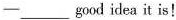
—___good idea it is!